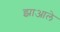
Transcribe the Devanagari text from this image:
झाआले